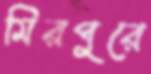
মিরপুরে